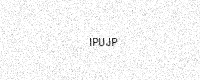
Text: IPUJP